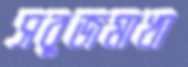
সবুজমাখা